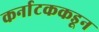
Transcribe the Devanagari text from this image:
कर्नाटककडून